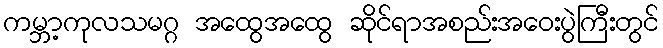
ကမ္ဘာ့ကုလသမဂ္ဂ အထွေအထွေ ဆိုင်ရာအစည်းအဝေးပွဲကြီးတွင်